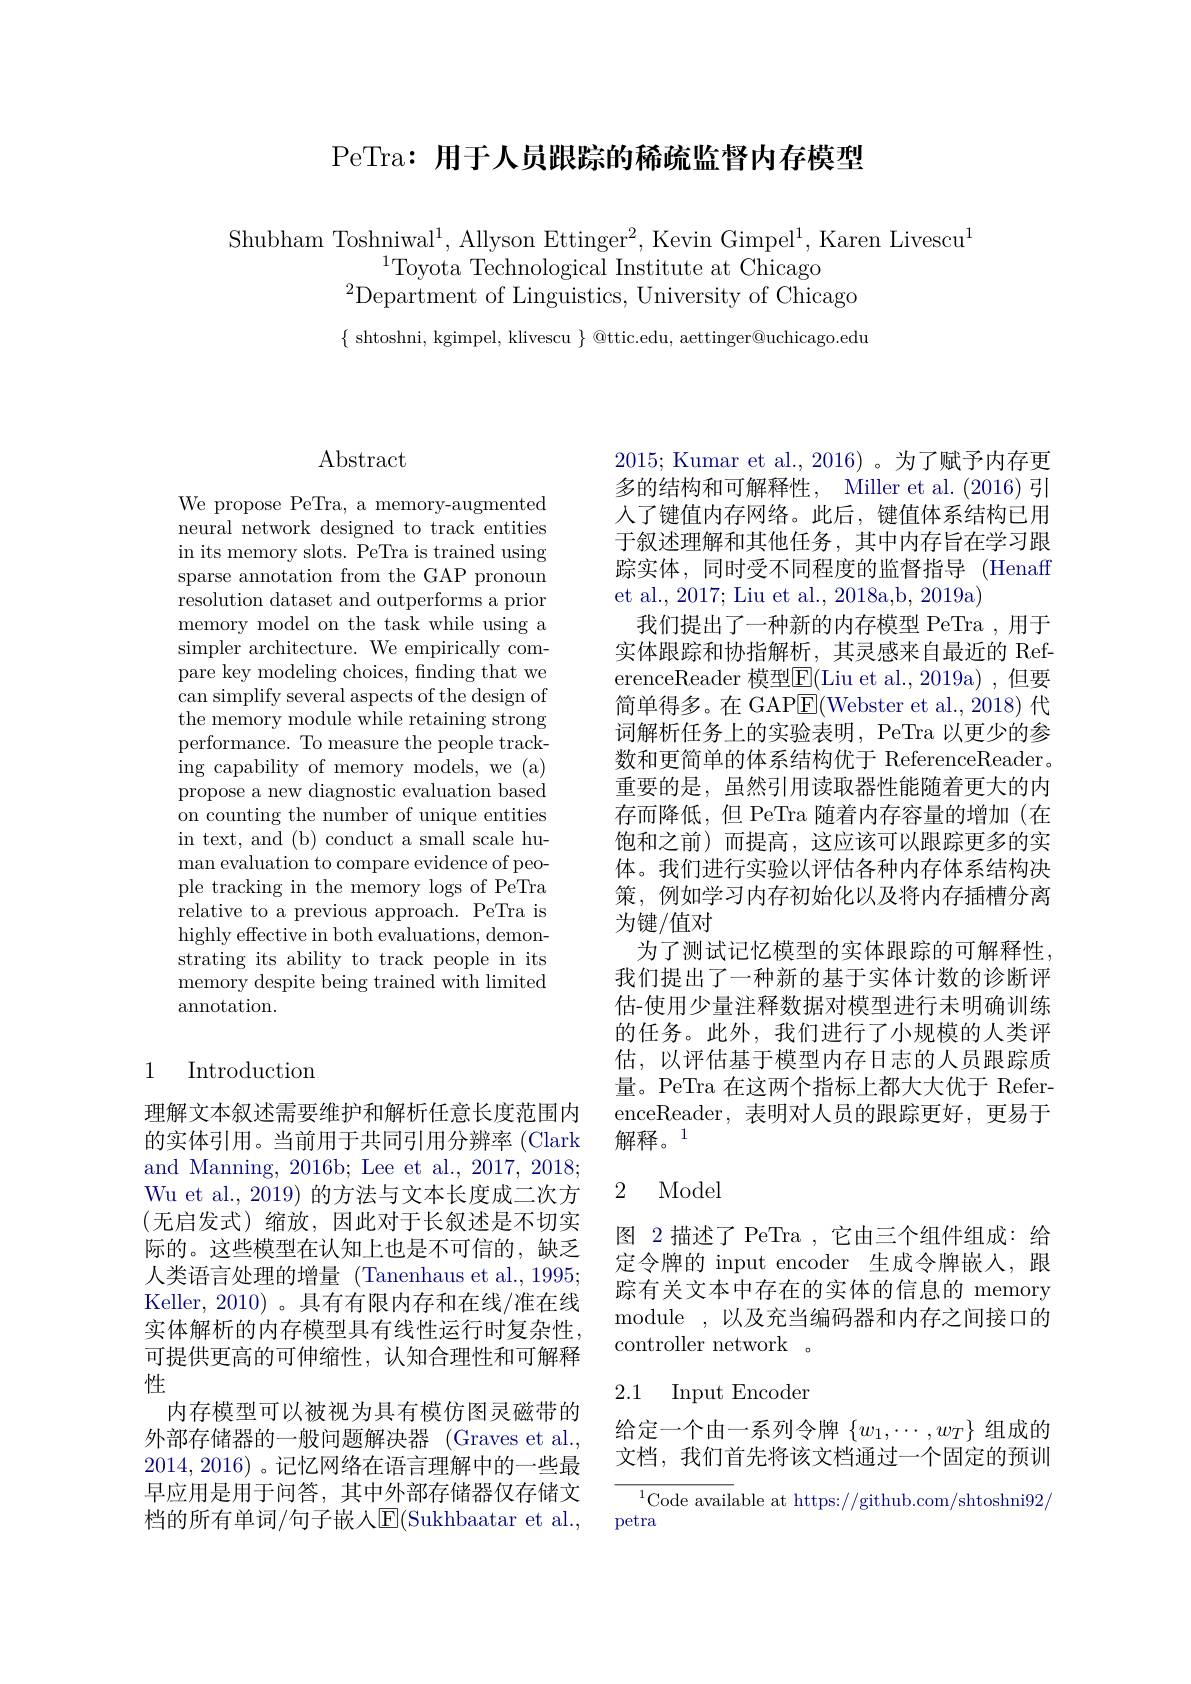
PeTra: 用于人员跟踪的稀疏监督内存模型

Shubham Toshniwal$^1$,Allyson Ettinger$^2$,Kevin Gimpel$^1$,Karen Livescu$^1$
$^{1}$Toyota Technological Institute at Chicago
$^{2}$Department of Linguistics, University of Chicago

$\{$ shtoshni, kgimpel, klivescu $\}$ @ttic.edu, aettinger@uchicago.edu

# Abstract

We propose PeTra, a memory-augmented neural network designed to track entities in its memory slots. PeTra is trained using sparse annotation from the GAP pronoun resolution dataset and outperforms a prior memory model on the task while using a simpler architecture. We empirically compare key modeling choices, finding that we can simplify several aspects of the design of the memory module while retaining strong performance. To measure the people tracking capability of memory models, we (a) propose a new diagnostic evaluation based on counting the number of unique entities in text, and (b) conduct a small scale human evaluation to compare evidence of people tracking in the memory logs of PeTra relative to a previous approach. PeTra is highly effective in both evaluations, demonstrating its ability to track people in its memory despite being trained with limited annotation.

## 1 Introduction

理解文本叙述需要维护和解析任意长度范围内的实体引用。当前用于共同引用分辨率 (Clark and Manning, 2016b; Lee et al., 2017, 2018; Wu et al., 2019) 的方法与文本长度成二次方(无启发式)缩放，因此对于长叙述是不切实际的。这些模型在认知上也是不可信的，缺乏人类语言处理的增量 (Tanenhaus et al., 1995; Keller, 2010) 。具有有限内存和在线/准在线实体解析的内存模型具有线性运行时复杂性， 可提供更高的可伸缩性，认知合理性和可解释性
内存模型可以被视为具有模仿图灵磁带的外部存储器的一般问题解决器 (Graves et al., 2014,2016) 。记忆网络在语言理解中的一些最早应用是用于问答，其中外部存储器仅存储文档的所有单词/句子嵌人$\operatorname{E}($Sukhbaatar et al.,

2015; Kumar et al., 2016)。为了赋予内存更多的结构和可解释性，Miller et al. (2016) 引入了键值内存网络。此后，键值体系结构已用于叙述理解和其他任务，其中内存旨在学习跟踪实体，同时受不同程度的监督指导(Henaff et al., 2017; Liu et al., 2018a,b, 2019a)
我们提出了一种新的内存模型 PeTra ,用于实体跟踪和协指解析，其灵感来自最近的 ReferenceReader 模型$\boxed{\mathrm{F}}($Liu et al.,2019a) ,但要简单得多。在 GAP$\boxed{\mathrm{E}}($Webster et al.,2018) 代词解析任务上的实验表明，PeTra 以更少的参数和更简单的体系结构优于 ReferenceReader。重要的是，虽然引用读取器性能随着更大的内存而降低，但 PeTra 随着内存容量的增加(在饱和之前)而提高，这应该可以跟踪更多的实体。我们进行实验以评估各种内存体系结构决策，例如学习内存初始化以及将内存插槽分离为键/值对
为了测试记忆模型的实体跟踪的可解释性， 我们提出了一种新的基于实体计数的诊断评估-使用少量注释数据对模型进行未明确训练的任务。此外，我们进行了小规模的人类评估，以评估基于模型内存日志的人员跟踪质量。PeTra 在这两个指标上都大大优于 ReferenceReader,表明对人员的跟踪更好，更易于解释。1

## 2 Model

图 2 描述了 PeTra ,它由三个组件组成：给定令牌的 input encoder 生成令牌嵌入，跟踪有关文本中存在的实体的信息的 memory module ,以及充当编码器和内存之间接口的controller network 。

## 2.1 Input Encoder

给定一个由一系列令牌$\{w_1,\cdots,w_T\}$组成的文档，我们首先将该文档通过一个固定的预训

$^{1}$Code available at https://github.com/shtoshni92/
petra